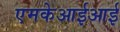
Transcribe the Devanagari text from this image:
एमकेआईआई